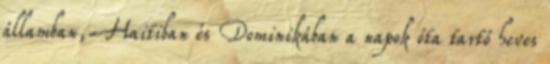
államban, Haitiban és Dominikában a napok óta tartó heves